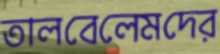
তালবেলেমদের